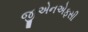
જીએનએફસી